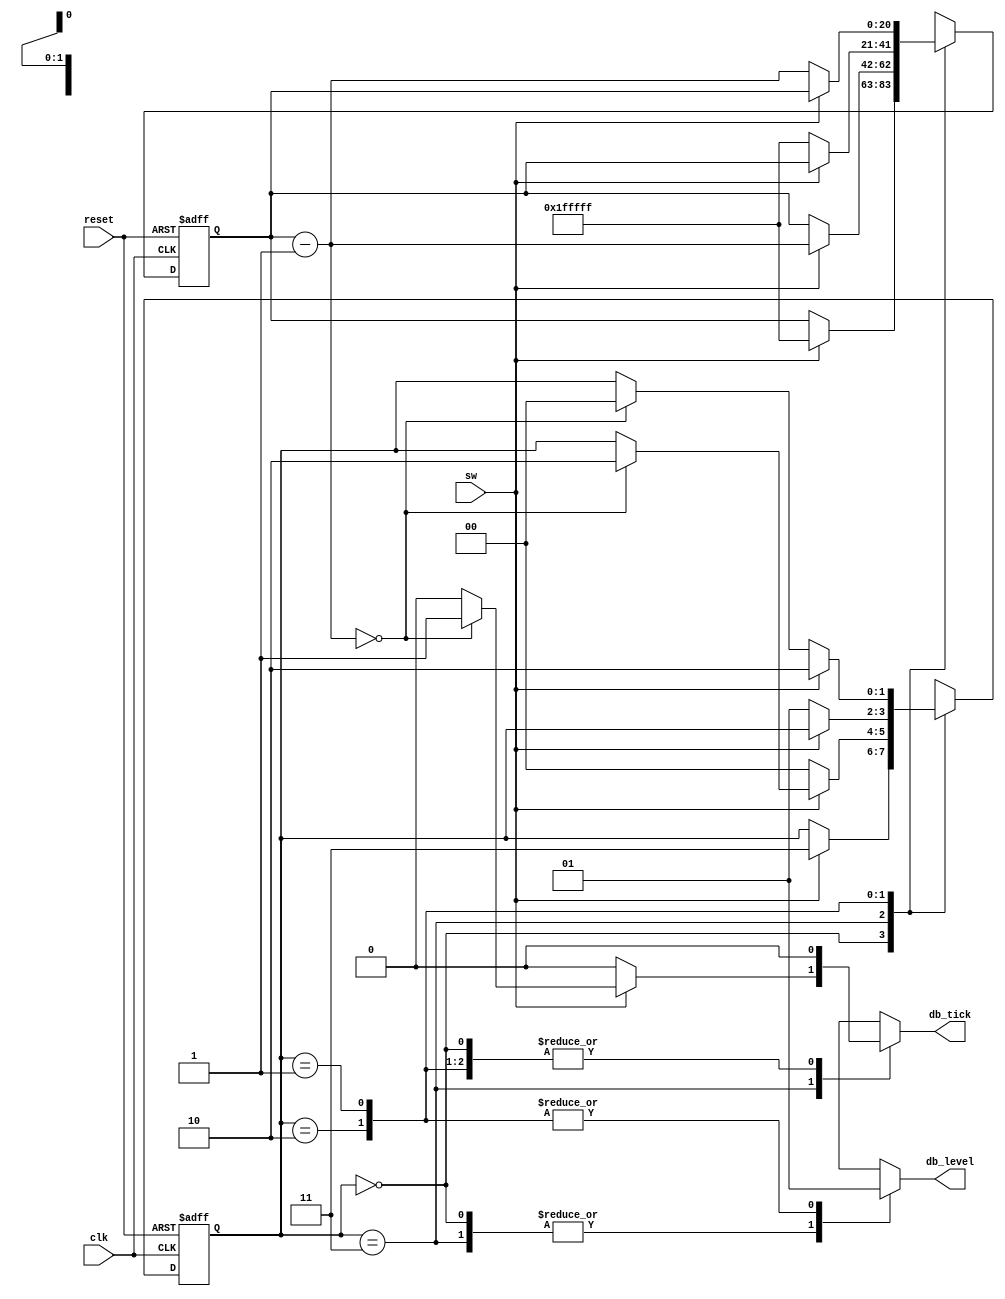
`timescale 1ns / 1ps
//////////////////////////////////////////////////////////////////////////////////
// Company: 
// Engineer: 
// 
// Design Name: 
// Module Name:    debounce 
// Project Name: 
// Target Devices: 
// Tool versions: 
// Description: 
//
// Dependencies: 
//
// Revision: 
// Revision 0.01 - File Created
// Additional Comments: 
//
//////////////////////////////////////////////////////////////////////////////////
module debounce

	(
	 input wire clk, reset,
	 input wire sw,
	 output reg db_level, db_tick
    );
// symbolic state declaration
	localparam	[1:0]
					zero	= 2'b00,
					wait0	= 2'b01,
					one	= 2'b10,
					wait1 = 2'b11;
// number of counter bits (2(N) * 20ns = 40ms)
localparam N=21;
// signal declaration
reg [N-1:0] q_reg, q_next;
reg [1:0] state_reg, state_next;
// body
// fsmd state & data registers
always @(posedge clk, posedge reset)
	if (reset)
		begin
			state_reg <= zero;
			q_reg <= 0;
		end
	else
		begin
			state_reg <= state_next;
			q_reg <= q_next;
		end
// next-state 
always @*
begin
	state_next = state_reg;
	q_next = q_reg;
	db_tick = 1'b0;
	case (state_reg)
		zero:
			begin
				db_level = 1'b0;
				if (sw)
					begin
						state_next = wait1;
						q_next = {N{1'b1}};
					end
			end
		wait1:
			begin
				db_level = 1'b0;
				if (sw)
					begin
						q_next = q_reg - 1;
						if (q_next == 0)
							begin
								state_next = one;
								db_tick = 1'b1;
							end
					end
				else // sw==0
					state_next = zero;
			end
		one:
			begin
				db_level = 1'b1;
				if (~sw)
					begin
						state_next = wait0;
						q_next = {N{1'b1}};
					end
			end
		wait0:
			begin
				db_level = 1'b1;
				if (~sw)
					begin
						q_next = q_reg - 1;
						if (q_next == 0)
							state_next = zero;
					end
				else //sw==1
					state_next = one;
			end
		default: state_next = zero;
	endcase
end //always
endmodule